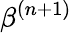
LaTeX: \beta^{(n+1)}